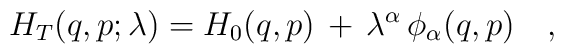
H_T(q,p;\lambda)=H_0(q,p)\,+\,\lambda^\alpha\,\phi_\alpha(q,p)\ \ \ ,